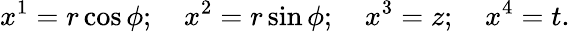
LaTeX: x^{1}=r\cos\phi;\quad x^{2}=r\sin\phi;\quad x^{3}=z;\quad x^{4}=t.